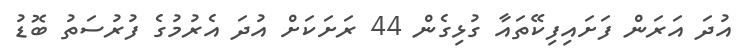
އުދަ އަރަން ފަށައިފިކޭތައާ ގުޅިގެން 44 ރަށަކަށް އުދަ އެރުމުގެ ފުރުސަތު ބޮޑު